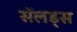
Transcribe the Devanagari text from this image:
सॅलड्स